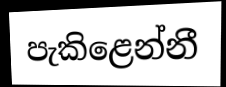
පැකිළෙන්නී